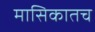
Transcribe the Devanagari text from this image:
मासिकातच